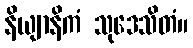
နိယျာနိကံ သုဒေသိတံ။